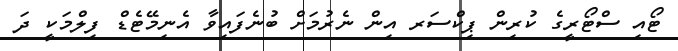
ޓޯއި ސްޓޯރީގެ ކުރިން ޕިކްސަރ އިން ނެރުމަށް ބުނެފައިވާ އެނިމޭޓެޑް ފިލްމަކީ ދަ